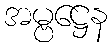
အမ္ဗဋ္ဌေန